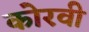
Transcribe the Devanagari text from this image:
कोरवी